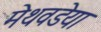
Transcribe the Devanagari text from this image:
मेथवडेया